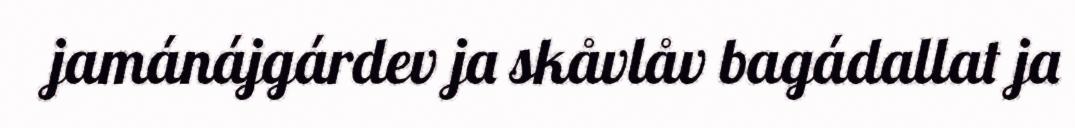
jamánájgárdev ja skåvlåv bagádallat ja